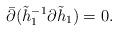
LaTeX: \begin{align*}\bar\partial(\tilde h^{-1}_1\partial\tilde h_1)=0.\end{align*}